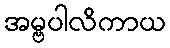
အမ္ဗပါလိကာယ